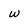
Character: w